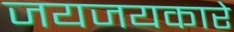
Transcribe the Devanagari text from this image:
जयजयकारे